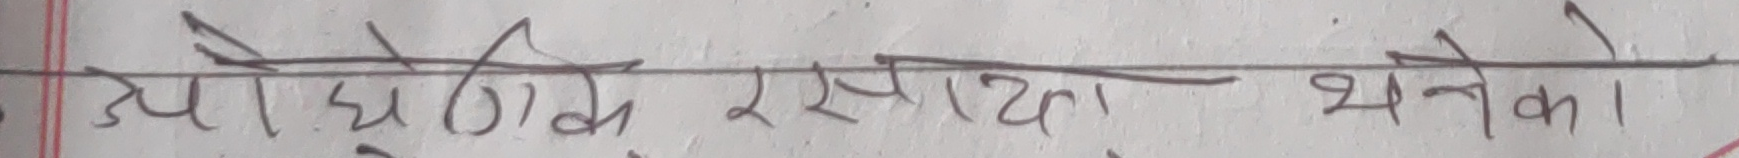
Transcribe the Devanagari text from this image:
औद्योगिक रसायन भनेको